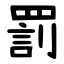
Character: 罰